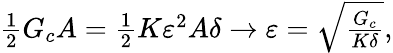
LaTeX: \begin{array}{r}{\frac 12G_{c}A=\frac 12K\varepsilon^{2}A\delta\to\varepsilon=\sqrt{\frac{G_{c}}{K\delta}},}\end{array}